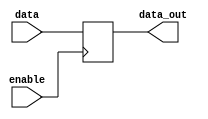
module data_enable_latch(
    input data,
    input enable,
    output reg data_out
);

always @(posedge enable)
begin
    if(enable)
        data_out <= data;
end

endmodule